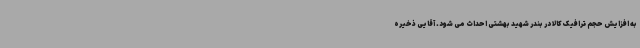
به افزایش حجم ترافیک کالا در بندر شهید بهشتی احداث می شود. آقایی ذخیره